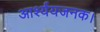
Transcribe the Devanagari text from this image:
आर्श्ययजनक।